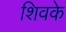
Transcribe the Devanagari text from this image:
शिवके